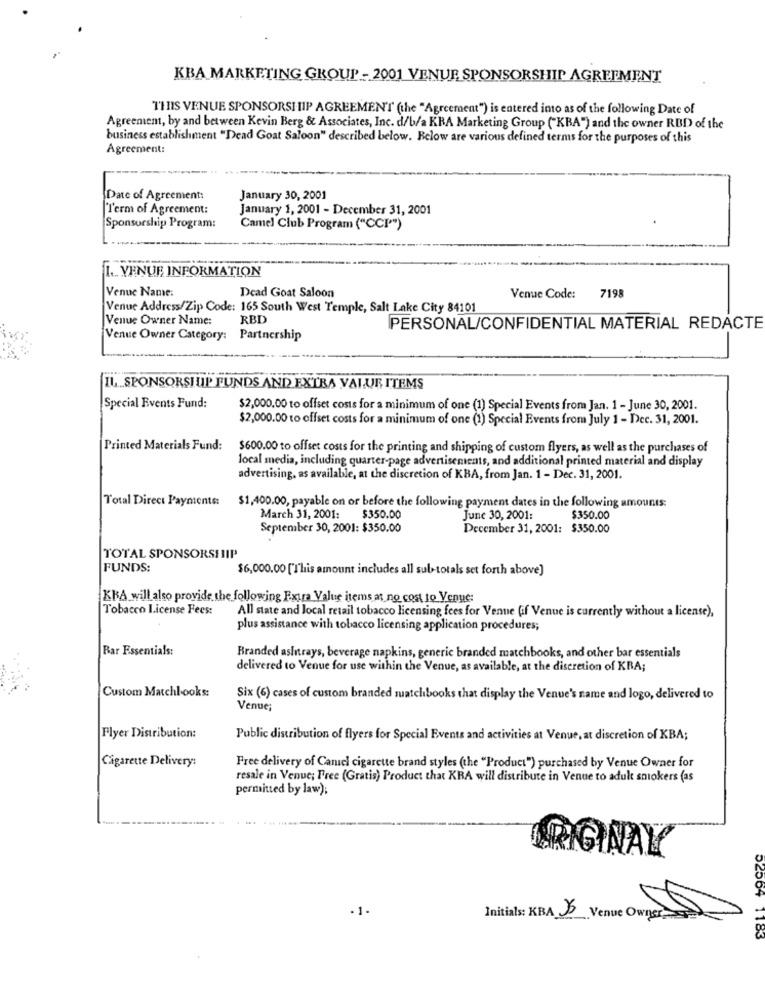
KBA MARKETING GROUP - 2001 VENUE SPONSORSHIP AGREEMENT
THIS VENUE SPONSORSHIP AGREEMEN'T (the "Agreement") is entered into as of the following Date of
Agreement, by and between Kevin Berg & Associates, Inc. d/b/a KBA Marketing Group ("KBA") and the owner RBD) of the
business establishment "Dead Goat Saloon" described below. Below are various defined terms for the purposes of this
Agreement:
Date of Agreement:
January 30, 2001
Term of Agreement:
January 1, 2001 - December 31, 2001
Sponsorship Program:
Camel Club Program ("CCI"")
I. VENUE INFORMATION
Venue Name:
Dead Goat Saloon
Venue Code:
7198
Venue Address/Zip Code: 165 South West Temple, Salt Lake City 84101
Venue Owner Name:
RBD
PERSONAL/CONFIDENTIAL MATERIAL REDACTE
Venue Owner Category: Partnership
IL SPONSORSHIP FUNDS AND EXTRA VALUR ITEMS
Special Events Fund:
$2,000.00 to offset costs for a minimum of one (1) Special Events from Jan. 1 - June 30, 2001.
$2,000.00 to offset costs for a minimum of one (1) Special Events from July 1 - Dec. 31, 2001.
Printed Materials Fund:
$600.00 to offset costs for the printing and shipping of custom flyers, as well as the purchases of
local media, including quarter-page advertisements, and additional printed material and display
advertising, as available, at the discretion of KBA, from Jan. 1 - Dec. 31, 2001.
Total Direct Payments:
$1,400.00, payable on or before the following payment dates in the following amounts:
March 31, 2001:
$350.00
June 30, 2001:
$350.00
September 30, 2001: $350.00
December 31, 2001: $350.00
TOTAL SPONSORSHIP
FUNDS:
$6,000.00 ["This amount includes all sub-totals set forth above]
KRA will also provide the following Extra Value items at no cost to Venue:
Tobacco License Fees:
All state and local retail tobacco licensing fees for Venue (if Venue is currently without a license),
plus assistance with tobacco licensing application procedures;
Bar Essentials:
Branded ashtrays, beverage napkins, generic branded matchbooks, and other bar essentials
delivered to Venue for use within the Venue, as available, at the discretion of KRA;
Custom Matchlooks:
Six (6) cases of custom branded matchibooks that display the Venue's name and logo, delivered to
Venue;
Flyer Distribution:
Public distribution of flyers for Special Events and activities at Venue, at discretion of KBA;
Cigarette Delivery:
Free delivery of Canicl cigarette brand styles (the "Product") purchased by Venue Owner for
resale in Venue; Free (Gratis) Product that KRA will distribute in Venue to adult smokers (as
permitted by law);
RIGINAY
Initials: KBA 35
Venue Owners
52504 1183